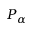
P _ { \alpha }